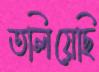
তলিয়েছি